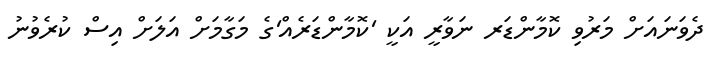
ދެވަނައަށް މަރުވި ކޮމާންޑަރ ނަވާރީ އަކީ 'ކޮމާންޑަރެއް'ގެ މަގާމަށް އަލަށް އިސް ކުރެވުނު